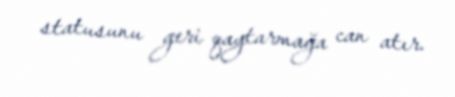
statusunu geri qaytarmağa can atır.